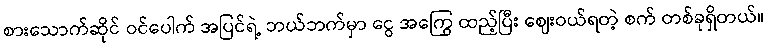
စားသောက်ဆိုင် ဝင်ပေါက် အပြင်ရဲ့ ဘယ်ဘက်မှာ ငွေ အကြွေ ထည့်ပြီး ဈေးဝယ်ရတဲ့ စက် တစ်ခုရှိတယ်။